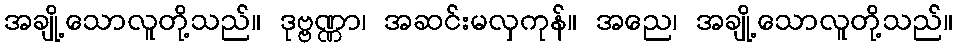
အချို့သောလူတို့သည်။ ဒုဗ္ဗဏ္ဏာ၊ အဆင်းမလှကုန်။ အညေ၊ အချို့သောလူတို့သည်။